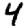
Digit: 4